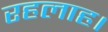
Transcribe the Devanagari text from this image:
रहलाह।